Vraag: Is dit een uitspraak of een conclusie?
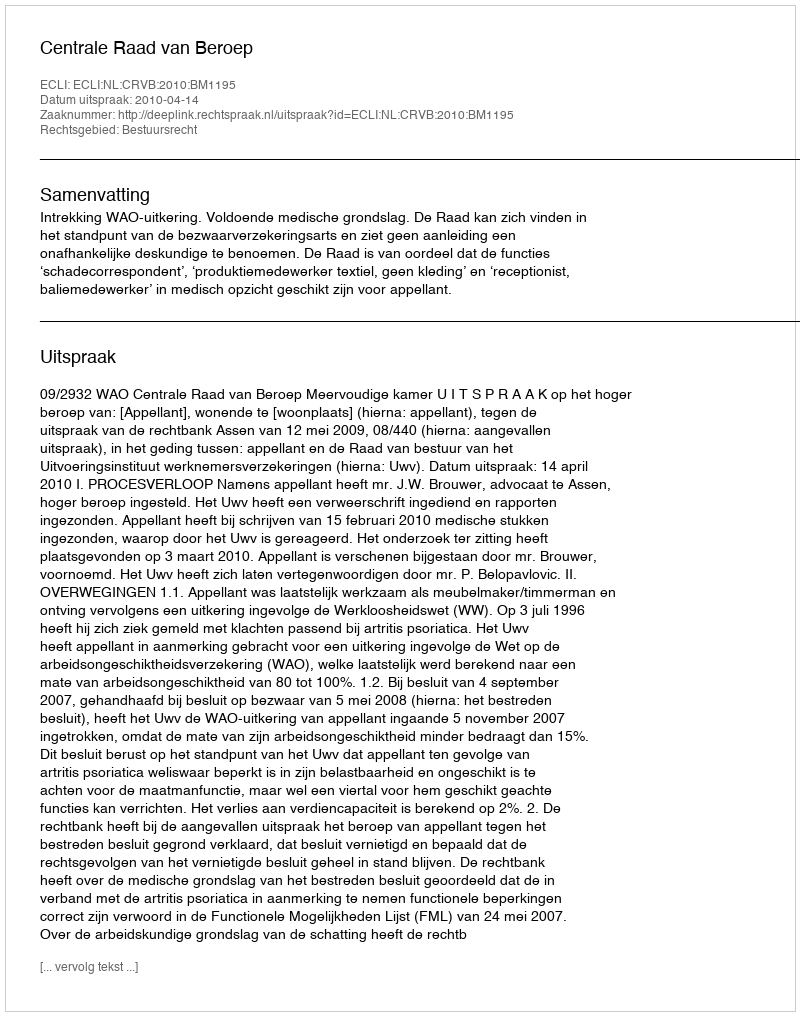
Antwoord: Uitspraak